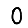
Digit: 0